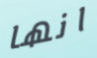
انها